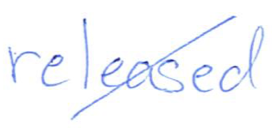
Text: released
Cross-out: diagonal
Writing tool: ballpoint